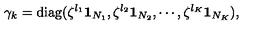
\gamma _ { k } = \mathrm { d i a g } ( \zeta ^ { l _ { 1 } } { \bf 1 } _ { N _ { 1 } } , \zeta ^ { l _ { 2 } } { \bf 1 } _ { N _ { 2 } } , \cdots , \zeta ^ { l _ { K } } { \bf 1 } _ { N _ { K } } ) ,